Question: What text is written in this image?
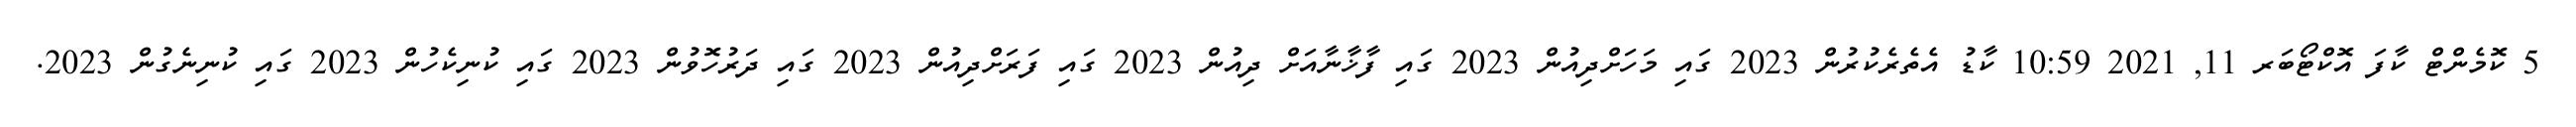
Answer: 5 ކޮމެންޓް ކާފަ އޮކްޓޯބަރ 11, 2021 10:59 ކާޑު އެތެރެކުރުން 2023 ގައި މަހަށްދިއުން 2023 ގައި ފާޚާނާއަށް ދިއުން 2023 ގައި ފަރަށްދިއުން 2023 ގައި ދަރުހޮވުން 2023 ގައި ކުނިކެހުން 2023 ގައި ކުނިނެގުން 2023.